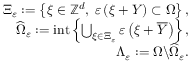
\begin{array} { r } { \Xi _ { \varepsilon } : = \left\{ \xi \in \mathbb { Z } ^ { d } , \; \varepsilon \left( \xi + Y \right) \subset \Omega \right\} , } \\ { \widehat { \Omega } _ { \varepsilon } : = \mathrm { i n t } \left\{ \bigcup _ { \xi \in \Xi _ { \varepsilon } } \varepsilon \left( \xi + \overline { { Y } } \right) \right\} , } \\ { \Lambda _ { \varepsilon } : = \Omega \backslash \widehat { \Omega } _ { \varepsilon } . } \end{array}